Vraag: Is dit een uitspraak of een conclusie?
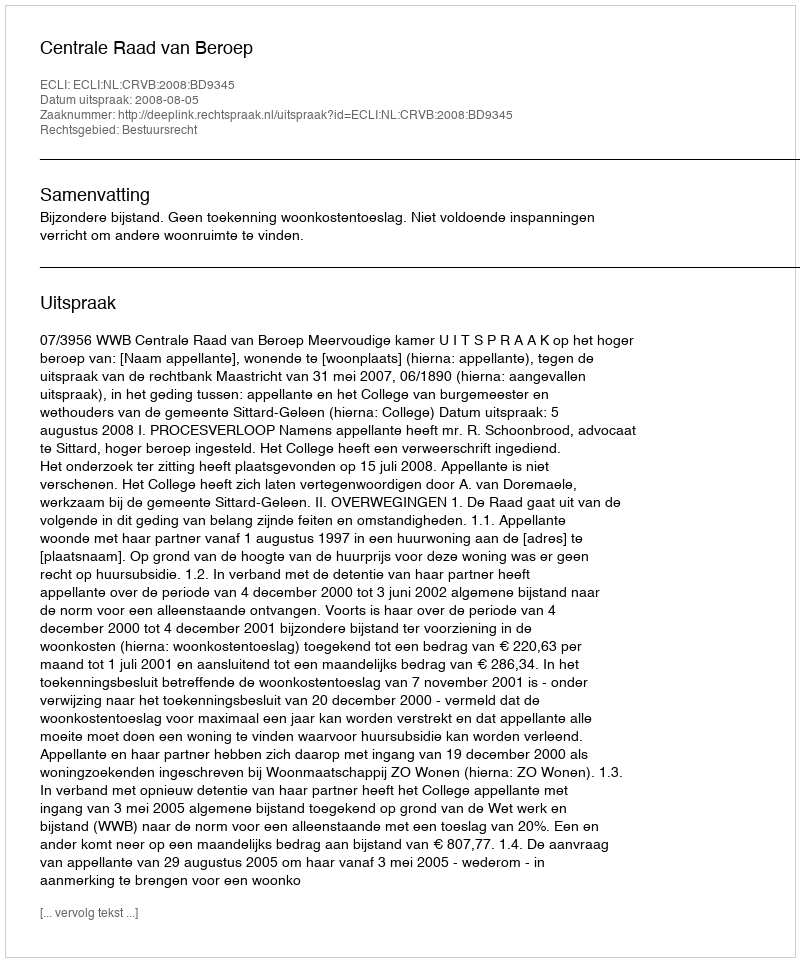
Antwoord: Uitspraak